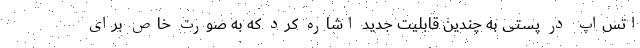
اتس‌اپ در پستی به چندین قابلیت جدید اشاره کرد که به صورت خاص برای